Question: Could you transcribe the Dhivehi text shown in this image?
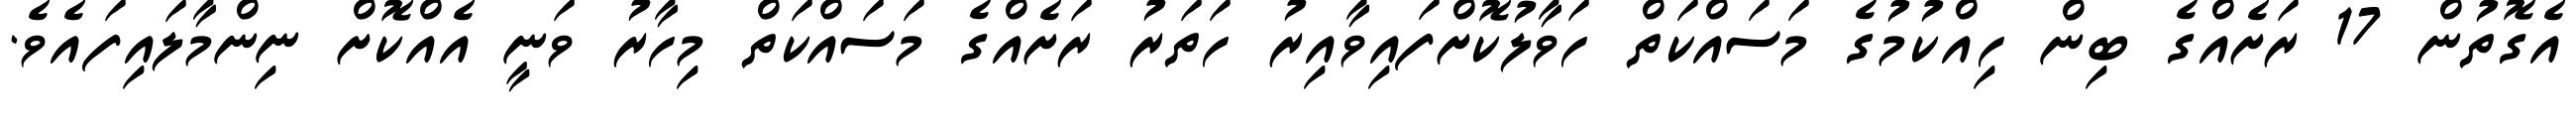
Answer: އެގޮތުން 17 ރަށެއްގެ ބިން ހިއްކުމުގެ މަސައްކަތް ހަވާލުކޮށްފައިވާއިރު ހަތަރު ރަށެއްގެ މަސައްކަތް މިހާރު ވަނީ އެއްކޮށް ނިންމާލައިފައެވެ.